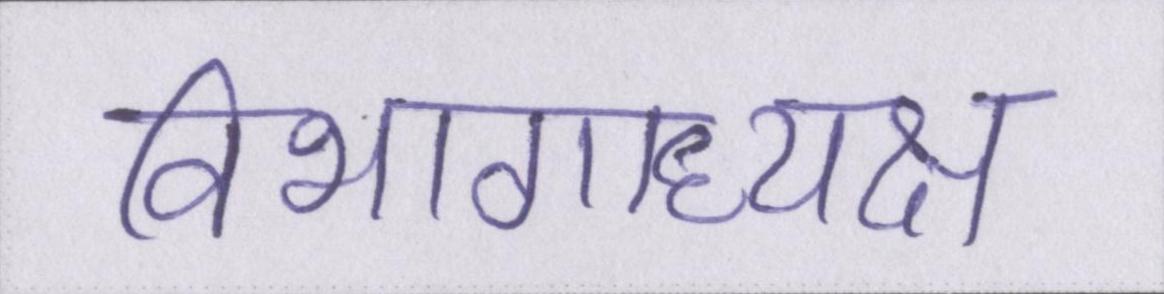
विभागाध्यक्ष